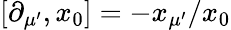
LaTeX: [\partial_{\mu^{\prime}},x_{0}]=-x_{\mu^{\prime}}/x_{0}